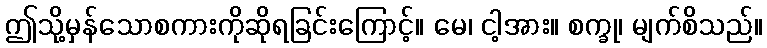
ဤသို့မှန်သောစကားကိုဆိုရခြင်းကြောင့်။ မေ၊ ငါ့အား။ စက္ခု၊ မျက်စိသည်။